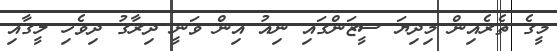
މީގެ ތެރެއިން މިދިޔަަ ސީޒަންގައި ނިއު އިން ވަނީ ދިރާގު ދިވެހި ލީގާއި